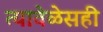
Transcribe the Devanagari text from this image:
त्यावेळेसही